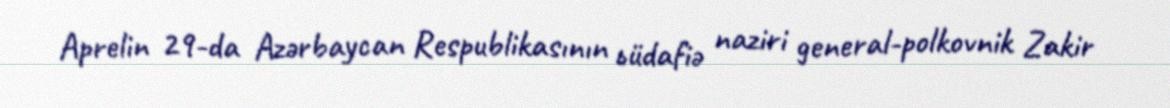
Aprelin 29-da Azərbaycan Respublikasının ьüdafiə naziri general-polkovnik Zakir